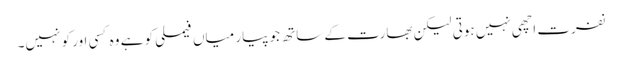
نفرت اچھی نہیں ہوتی لیکن بھارت کے ساتھ جو پیار میاں فیملی کو ہے وہ کسی اور کو نہیں۔